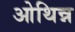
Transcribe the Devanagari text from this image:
ओथिन्न